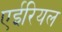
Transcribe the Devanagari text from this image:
एईरियल